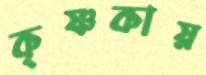
কৃষ্ণকায়